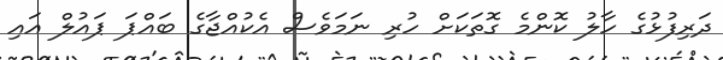
ދަރިފުޅުގެ ހާލު ކޮންމެ ގޮތަކަށް ހުރި ނަމަވެސް އެކުއްޖާގެ ބައްޕަ ޕައުލް އައި